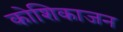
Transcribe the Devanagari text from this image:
कोशिकाजन